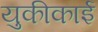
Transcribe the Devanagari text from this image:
युकीकाई